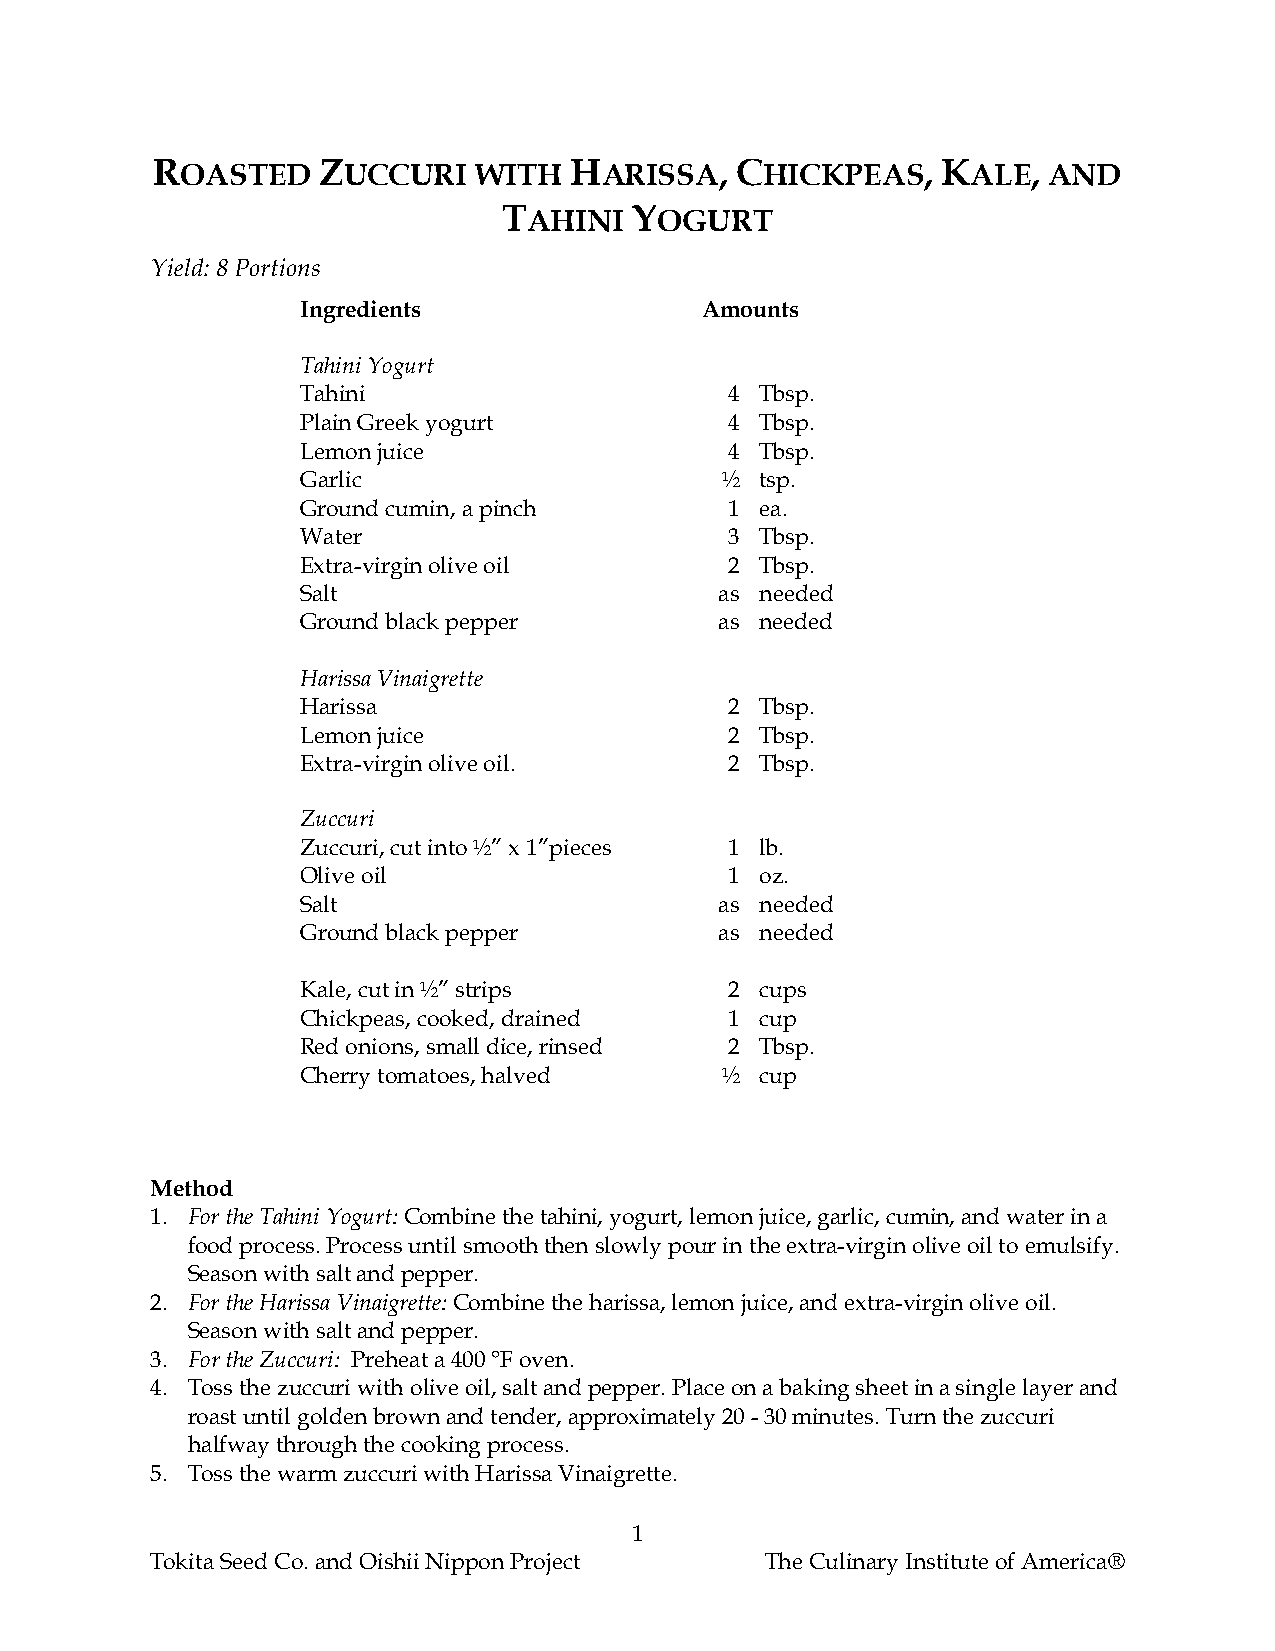
ROASTED    ZUCCURI   WITH   HARISSA,   CHICKPEAS,   KALE,  AND
 TAHINI   YOGURT
 Yield: 8 Portions
 Ingredients               Amounts
 Tahini Yogurt
 Tahini                      4 Tbsp.
 Plain Greek yogurt          4 Tbsp.
 Lemon juice                 4 Tbsp.
 Garlic                      ½ tsp.
 Ground cumin, a pinch       1 ea.
 Water                       3 Tbsp.
 Extra-virgin olive oil      2 Tbsp.
 Salt                        as needed
 Ground black pepper         as needed
 Harissa Vinaigrette
 Harissa                     2 Tbsp.
 Lemon juice                 2 Tbsp.
 Extra-virgin olive oil.     2 Tbsp.
 Zuccuri
 Zuccuri, cut into ½” x 1”pieces 1 lb.
 Olive oil                   1 oz.
 Salt                        as needed
 Ground black pepper         as needed
 Kale, cut in ½” strips      2 cups
 Chickpeas, cooked, drained  1 cup
 Red onions, small dice, rinsed 2 Tbsp.
 Cherry tomatoes, halved     ½ cup
 Method
 1. For the Tahini Yogurt: Combine the tahini, yogurt, lemon juice, garlic, cumin, and water in a
 food process. Process until smooth then slowly pour in the extra-virgin olive oil to emulsify.
 Season with salt and pepper.
 2. For the Harissa Vinaigrette: Combine the harissa, lemon juice, and extra-virgin olive oil.
 Season with salt and pepper.
 3. For the Zuccuri: Preheat a 400 °F oven.
 4. Toss the zuccuri with olive oil, salt and pepper. Place on a baking sheet in a single layer and
 roast until golden brown and tender, approximately 20 - 30 minutes. Turn the zuccuri
 halfway through the cooking process.
 5. Toss the warm zuccuri with Harissa Vinaigrette.
 1
 Tokita Seed Co. and Oishii Nippon Project The Culinary Institute of America®